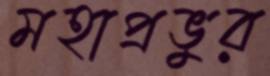
মহাপ্রভুর